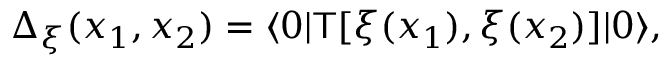
\Delta _ { \xi } ( x _ { 1 } , x _ { 2 } ) = \langle 0 | { \sf T } [ \xi ( x _ { 1 } ) , \xi ( x _ { 2 } ) ] | 0 \rangle ,